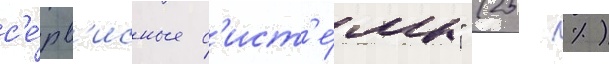
с'е́рв'исные с'ист'е́мы" (25 %)